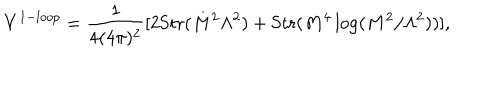
LaTeX: V ^ { 1 - l o o p } = \frac { 1 } { 4 ( 4 \pi ) ^ { 2 } } [ 2 \mathrm { S t r } ( M ^ { 2 } \Lambda ^ { 2 } ) + \mathrm { S t r } ( M ^ { 4 } \log ( M ^ { 2 } / \Lambda ^ { 2 } ) ) ] ,